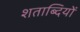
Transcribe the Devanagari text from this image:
शताब्‍दियों